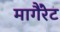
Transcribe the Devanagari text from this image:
मागैंरेट